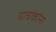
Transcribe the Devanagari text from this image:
याचकांना